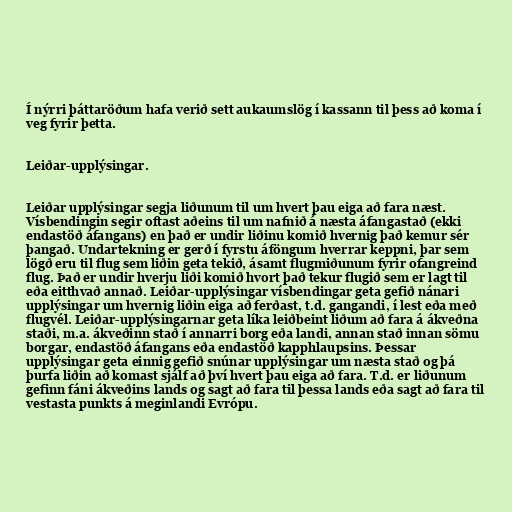
Í nýrri þáttaröðum hafa verið sett aukaumslög í kassann til þess að koma í
veg fyrir þetta.

Leiðar-upplýsingar.

Leiðar upplýsingar segja liðunum til um hvert þau eiga að fara næst.
Vísbendingin segir oftast aðeins til um nafnið á næsta áfangastað (ekki
endastöð áfangans) en það er undir liðinu komið hvernig það kemur sér
þangað. Undartekning er gerð í fyrstu áföngum hverrar keppni, þar sem
lögð eru til flug sem liðin geta tekið, ásamt flugmiðunum fyrir ofangreind
flug. Það er undir hverju liði komið hvort það tekur flugið sem er lagt til
eða eitthvað annað. Leiðar-upplýsingar vísbendingar geta gefið nánari
upplýsingar um hvernig liðin eiga að ferðast, t.d. gangandi, í lest eða með
flugvél. Leiðar-upplýsingarnar geta líka leiðbeint liðum að fara á ákveðna
staði, m.a. ákveðinn stað í annarri borg eða landi, annan stað innan sömu
borgar, endastöð áfangans eða endastöð kapphlaupsins. Þessar
upplýsingar geta einnig gefið snúnar upplýsingar um næsta stað og þá
þurfa liðin að komast sjálf að því hvert þau eiga að fara. T.d. er liðunum
gefinn fáni ákveðins lands og sagt að fara til þessa lands eða sagt að fara til
vestasta punkts á meginlandi Evrópu.